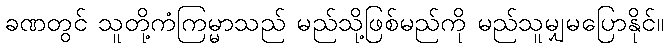
ခဏတွင် သူတို့ကံကြမ္မာသည် မည်သို့ဖြစ်မည်ကို မည်သူမျှမပြောနိုင်။